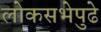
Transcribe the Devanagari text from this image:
लोकसभेपुढे